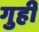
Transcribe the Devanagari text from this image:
गुही